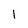
Character: l